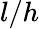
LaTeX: l/h